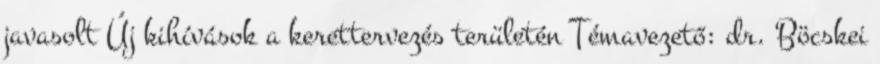
javasolt Új kihívások a kerettervezés területén Témavezető: dr. Böcskei